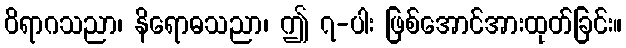
ဝိရာဂသညာ၊ နိရောဓသညာ၊ ဤ ၇-ပါး ဖြစ်အောင်အားထုတ်ခြင်း။